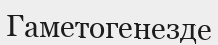
Гаметогенезде